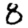
Digit: 8